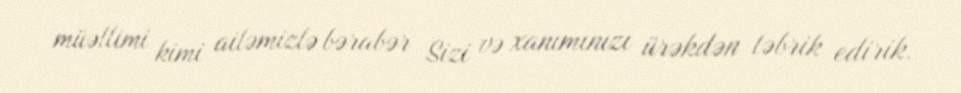
müəllimi kimi ailəmizlə bərabər Sizi və xanımınızı ürəkdən təbrik edirik.